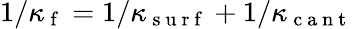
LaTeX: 1/{\kappa_{\mathrm{~f~}}}=1/{\kappa_{\mathrm{~s~u~r~f~}}}+1/{\kappa_{\mathrm{~c~a~n~t~}}}